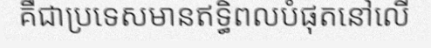
គឺជាប្រទេសមានឥទ្ធិពលបំផុតនៅលើ